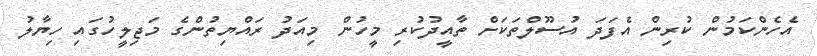
އެހެންކަމުން ކުރިން އެފަދަ އުސޫލްތަކަށް ތާއީދުކުރި މީހުން މިއަދު ރައްޔިތުންގެ މަޖިލީހުގައި ހިޔާލު